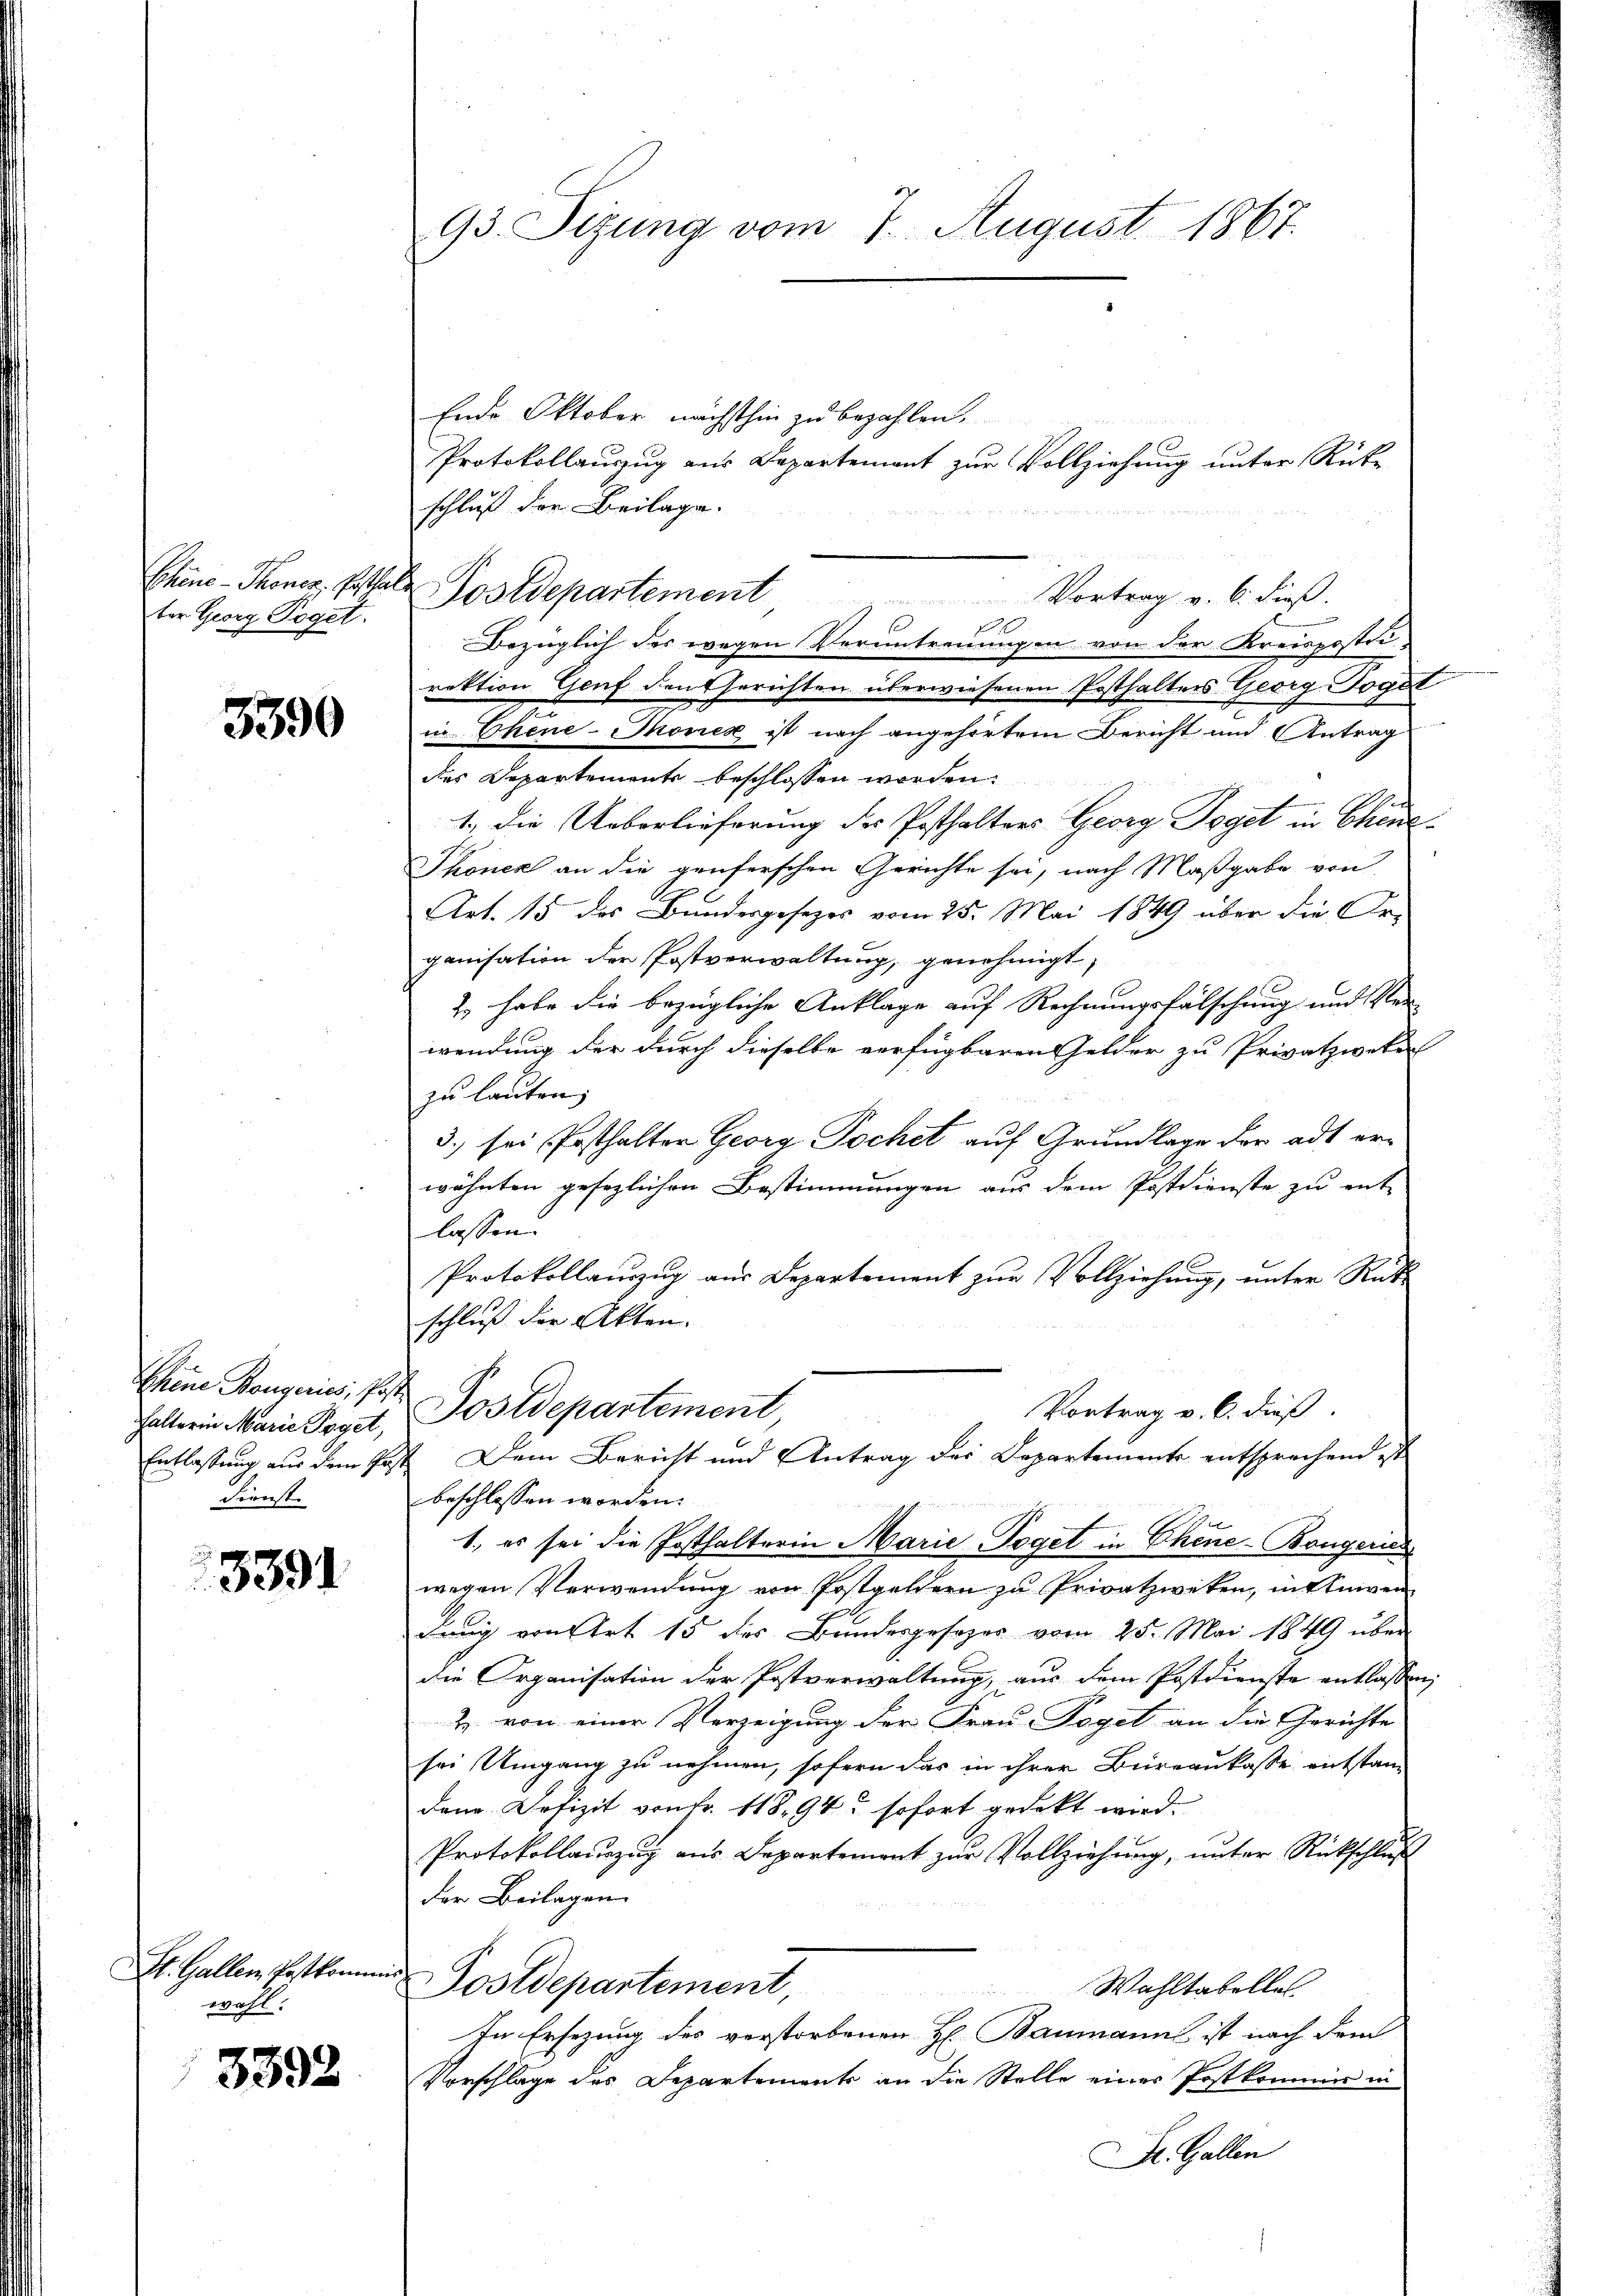
ber Georg Poget.

3390

Chene Bougeries, Post
halterin Marie Poget,
Dienst.

3391

Ende Oktober nächsthin zu bezahlen.
Protokollauszug aus Departement zur Vollziehung unter Rücke
schluß der Beilage.

St. Gallen Postkommen
wohl.

3392

93. Sitzung vom 7. August 1867.

rektion Genf den Gerichten überwiesenen Posthalters Georg-Vogel
in Chine-Thonek ist nach angehörtem Bericht und Antrag
des Departemente beschlossen worden.
1., die Ueberlieferung des Posthalters Georg Taget in Chine
Thonen an die genferschen Gerichte sei, nach Maßgabe von
Art. 15 des Bundesgesezes vom 25. Mai 1849 über die Organisation der Postverwaltung, genehmigt,
2. habe die bezügliche Anklage auf Rechnungsfälschung und er
wendung der durch dieselbe verfügbaren Gelder zu Privatzweker
zu lauten,
3.) sei Posthalter Georg Pochet auf Grundlage der adt erwähnten gesezlichen Bestimmungen aus dem Postdienste zu ent-
lassen.
Protokollaŭszŭg aŭs Departement zŭr Vollziehung, unter Rück
schluß der Akten.
Postdepartement,
Vortrag v. 6. dieß.
Entlassung aus dem Post Dem Bericht und Antrag des Departements entsprechend ist
beschlossen worden.
1., es sei die Posthalterin Marie-Pogel in Chine-Bongeris
wegen Verwendung von Postgeldern zu Privatzweken, in Anwen
dung von Art 15 des Bundesgesezes vom 25. Mai 1849 über
die Organisation der Postverwaltung, aus dem Postdienste entlassen,
Z. von einer Verzeigung der Frau Vogel an die Gerichte
sei Umgang zu nehmen, sofern das in ihrer Bureaukasse entstand
dene Defizit von Fr. 11894 sofort gedekt wird.
Protokollauszug aus Departement zur Vollziehung, unter Rückschluß
der Beilagen
t
Postdepartement,
Wahltabelles
e
In Ersezung des verstorbenen H. Baumann ist nach dem
Vorschlage des Departements an die Stelle einer Postkommer in
Dr. Gallen

Chine-Tones Erhalt Postdepartement, Vortrag v. 6. dieß.
2
Bezüglich des wegen Verantreuungen von der Kreispostei-